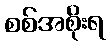
စစ်အစိုးရ